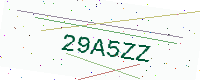
Text: 29A5ZZ